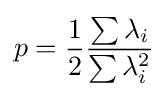
p={\frac {1}{2}}{\frac {\sum \lambda _{i}}{\sum \lambda _{i}^{2}}}